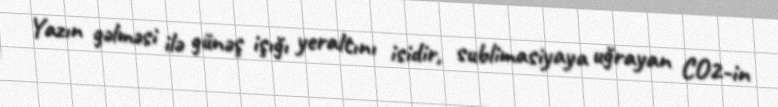
Yazın gəlməsi ilə günəş işığı yeraltını isidir, sublimasiyaya uğrayan CO2-in